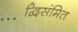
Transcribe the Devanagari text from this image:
द्विसंमित